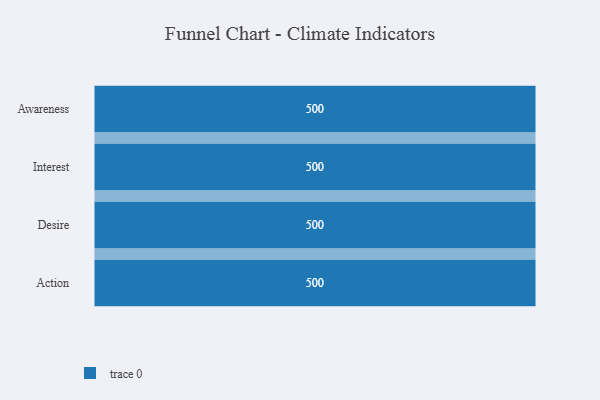
{"axis": {"x": "Stage", "y": "Value"}, "legend": [""], "data": [{"x": "Awareness", "y": 500, "type": ""}, {"x": "Interest", "y": 500, "type": ""}, {"x": "Desire", "y": 500, "type": ""}, {"x": "Action", "y": 500, "type": ""}]}